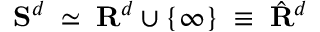
{ \bf S } ^ { d } \; \simeq \; { \bf R } ^ { d } \cup \{ \infty \} \; \equiv \; \hat { { \bf R } } ^ { d }